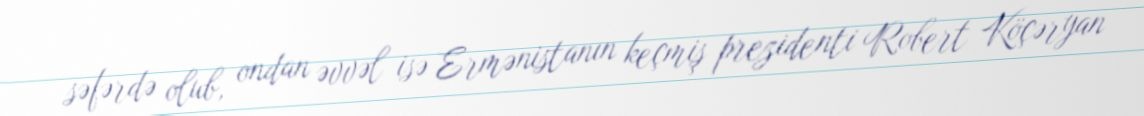
səfərdə olub, ondan əvvəl isə Ermənistanın keçmiş prezidenti Robert Köçəryan